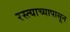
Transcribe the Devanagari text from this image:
रस्त्याच्यापासून